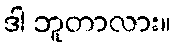
ဒါ ဘူတာလား။